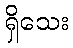
ရှိသေး